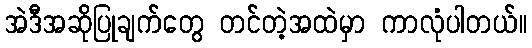
အဲဒီအဆိုပြုချက်တွေ တင်တဲ့အထဲမှာ ကာလုံပါတယ်။